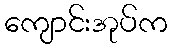
ကျောင်းအုပ်က